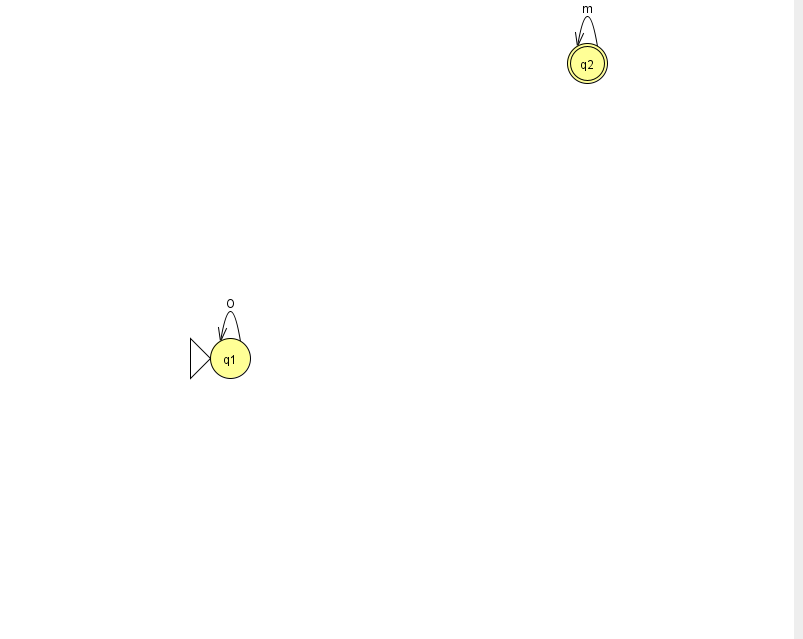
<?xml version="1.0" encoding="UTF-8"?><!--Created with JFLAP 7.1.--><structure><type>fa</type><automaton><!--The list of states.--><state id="1" name="q1"><x>230.0</x><y>345.0</y><initial/></state><state id="2" name="q2"><x>587.0</x><y>50.0</y><final/></state><!--The list of transitions.--><transition><from>2</from><to>2</to><read>m</read></transition><transition><from>1</from><to>1</to><read>O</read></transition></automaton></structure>